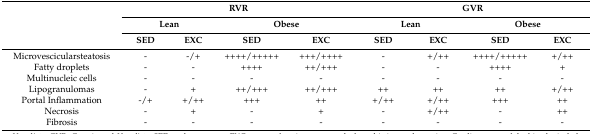
<table><thead><tr><td rowspan="3"></td><td colspan="4"><b>RVR</b></td><td colspan="4"><b>GVR</b></td></tr><tr><td colspan="2"><b>Lean</b></td><td colspan="2"><b>Obese</b></td><td colspan="2"><b>Lean</b></td><td colspan="2"><b>Obese</b></td></tr><tr><td><b>SED</b></td><td><b>EXC</b></td><td><b>SED</b></td><td><b>EXC</b></td><td><b>SED</b></td><td><b>EXC</b></td><td><b>SED</b></td><td><b>EXC</b></td></tr></thead><tbody><tr><td>Microvescicularsteatosis</td><td>-</td><td>-/+</td><td>++++/+++++</td><td>+++/++++</td><td>-</td><td>+/++</td><td>++++/+++++</td><td>+/++</td></tr><tr><td>Fatty droplets</td><td>-</td><td>-</td><td>++++</td><td>++/+++</td><td>-</td><td>-</td><td>++++</td><td>+</td></tr><tr><td>Multinucleic cells</td><td>-</td><td>-</td><td>-</td><td>-</td><td>-</td><td>-</td><td>-</td><td>-</td></tr><tr><td>Lipogranulomas</td><td>-</td><td>+</td><td>++/+++</td><td>++/+++</td><td>++</td><td>++</td><td>++</td><td>+/++</td></tr><tr><td>Portal Inflammation</td><td>-/+</td><td>+/++</td><td>+++</td><td>++</td><td>+/++</td><td>+/++</td><td>+++</td><td>++</td></tr><tr><td>Necrosis</td><td>-</td><td>+</td><td>-</td><td>+</td><td>-</td><td>+/++</td><td>-</td><td>++</td></tr><tr><td>Fibrosis</td><td>-</td><td>-</td><td>-</td><td>-</td><td>-</td><td>-</td><td>-</td><td>-</td></tr></tbody></table>